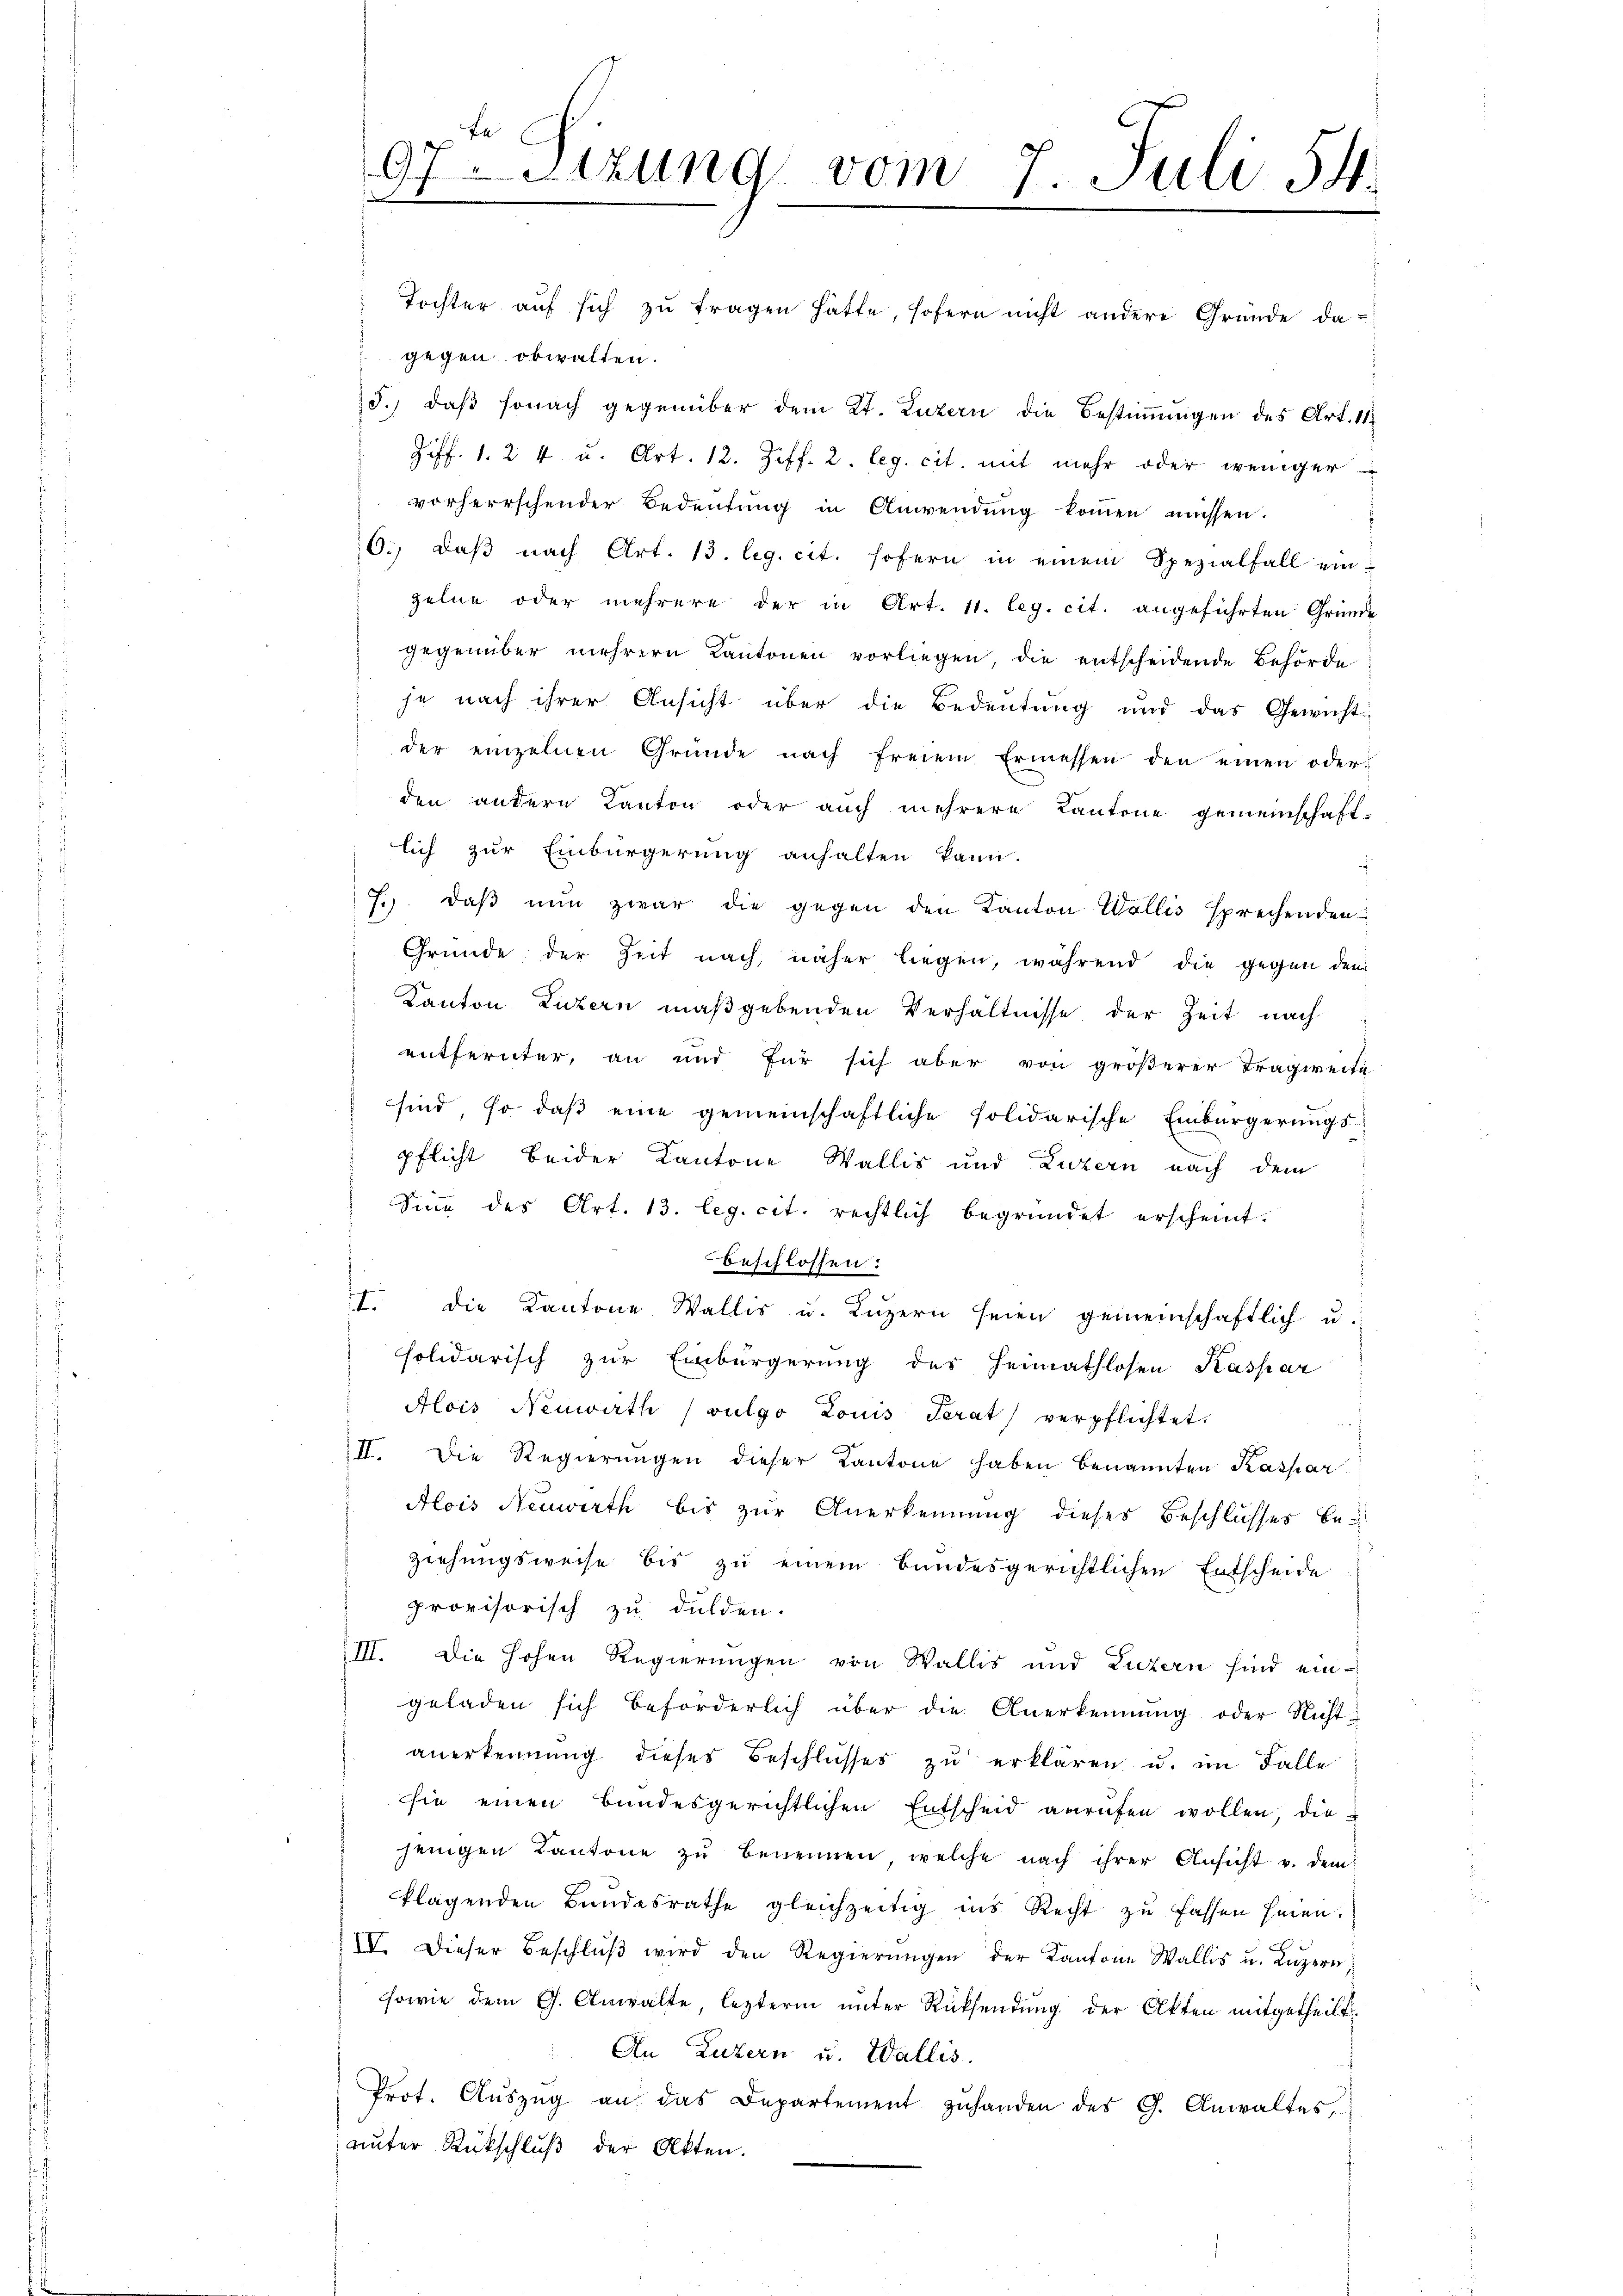
Tochter auf sich zu tragen hatte, sofern nicht andere Gründe da-
gegen obwalten.
3.) daβ sonach gegenüber dem Kt. Luzern die Bestimungen des Art. 11.
Ziff. 1. 24 u. Art. 12. Ziff. 2. leg. cit. mit mehr oder weniger
vorherrschender Bedeutung in Anwendung kommen müssen.
6., daβ nach Art. 13. leg. cit. sofern in einem Spezialfall einzelne oder mehrere der in Art. 11. leg. cit. angeführten Gründe
gegenüber mehrern Kantonen vorliegen, die entscheidende Behörde
 je nach ihrer Ansicht über die Bedeutung und das Gewicht
der einzelnen Gründe nach freiem Ermessen den einen oder
den andern Kanton oder auch mehrere Kantone gemeinschaft-
lich zur Einbürgerung anhalten kann.
7. daβ nŭn zwar die gegen den Kanton Wallis sprechenden
Gründe der Zeit nach, näher liegen, während die gegen den
Kanton Luzern maßgebenden Verhältnisse der Zeit nach
entfernter, an und für sich aber von größerer Tragweite
sind, so daß eine gemeinschaftliche solidarische Einbürgerungs-
pflicht beider Kantone Wallis und Luzern nach dem
Sine des Art. 13. leg. cit. rechtlich begründet erscheint.
beschlossen:
I. die Kantone Wallis u. Lŭzern seien gemeinschaftlich u.
solidarisch zur Einbürgerung des Heimathlosen Kaspar
Alois Neuwirth ( vulgo Louis Terat verpflichtet.
II. Die Regierŭngen dieser Kantone haben benannten Kaspar
Alois Neuwirth bis zur Anerkennung dieses Beschlusses beziehungsweise bis zu einem Bundesgerichtlichen Entscheide
provisorisch zu dulden.
III. Die hohen Regierungen von Wallis und Luzern sind eingeladen sich beförderlich über die Anerkennung oder Nichtanerkennung dieses Beschlusses zu erklären u. im Falle
sie einen bundesgerichtlichen Entscheid anrufen wollen, die
jenigen Kantone zŭ benennen, welche nach ihrer Ansicht v. dem
klagenden Bundesrathe gleichzeitig ins Recht zu fassen hien.
s
IV. Dieser Beschlŭβ wird den Regierŭngen der Kantone Wallis u. Lŭzern,
sowie dem G. Anwalte, lezterm unter Rücksendung der Akten mitgetheilt.
An Luzern u. Wallis.
Prot. Aŭszŭg an das Departement zŭhanden des G. Anwaltes,
unter Rückschluß der Akten.

97-Stzung vom 7. Juli 54

m